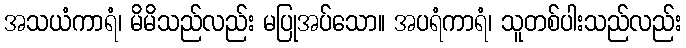
အသယံကာရံ၊ မိမိသည်လည်း မပြုအပ်သော။ အပရံကာရံ၊ သူတစ်ပါးသည်လည်း